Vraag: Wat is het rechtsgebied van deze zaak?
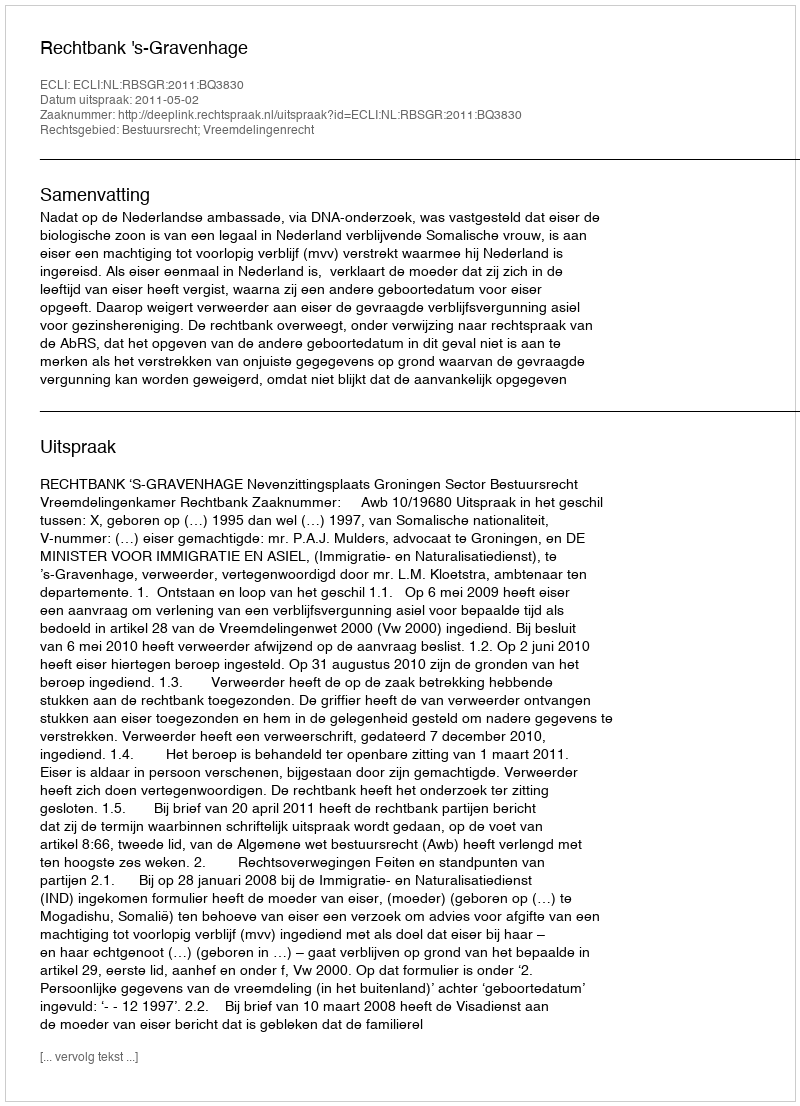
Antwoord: Bestuursrecht; Vreemdelingenrecht